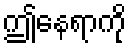
ဤနေရာကို